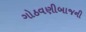
ગોઠવણીબાજની